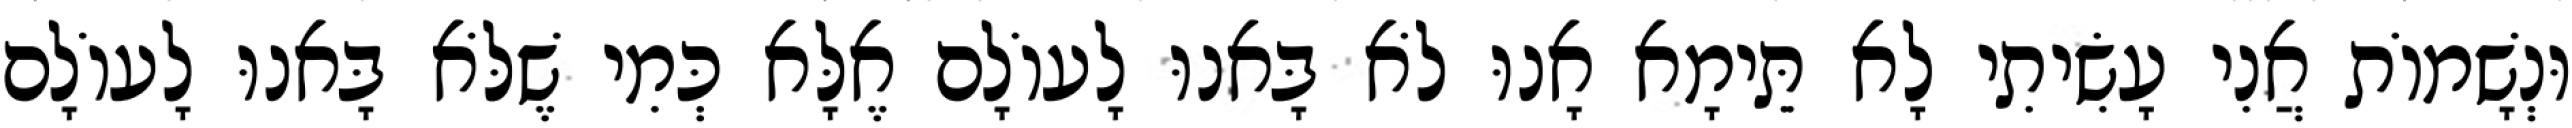
וּנְשָׁמוֹת אֲנִי עָשִׂיתִי לָא תֵּימָא אָנוּ לֹא בָּאנוּ לָעוֹלָם אֶלָּא כְּמִי שֶׁלֹּא בָּאנוּ לָעוֹלָם